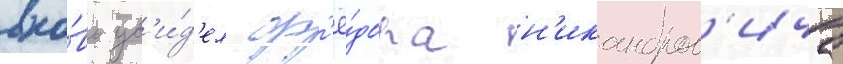
вно́вь ув'и́д'ел ф'ё́дора н'икандров'ича